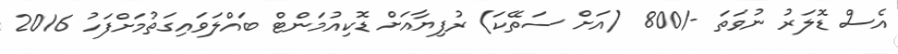
އެސް ޑޮލަރު ނުވަތަ -/800 (އަށް ސަތޭކަ) ރުފިޔާއަށް ޑޮކިއުމަންޓް ބައްލަވައިގަތުމަށްފަހު 2016